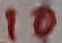
Text: 10